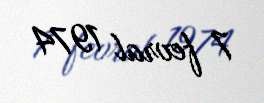
7 fevral 1974